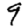
Digit: 9